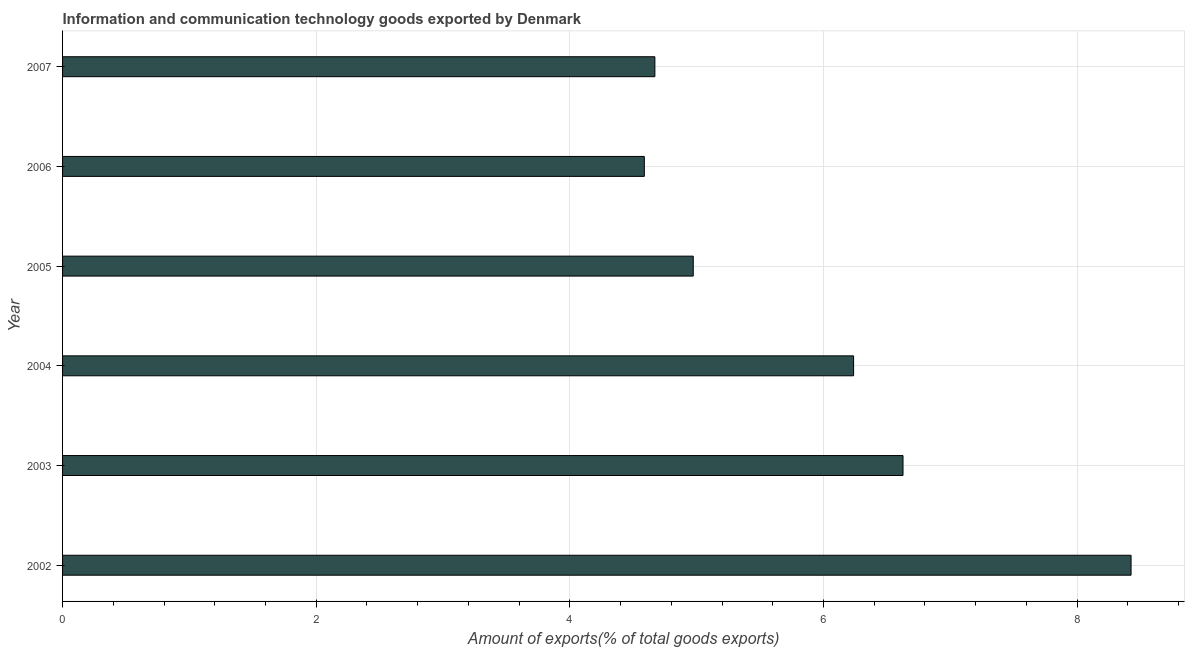
| Year | ICT goods exports |
 | --- | --- |
 | 2002 | 8.43 |
 | 2003 | 6.63 |
 | 2004 | 6.24 |
 | 2005 | 4.97 |
 | 2006 | 4.59 |
 | 2007 | 4.67 |